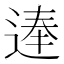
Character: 𨔐